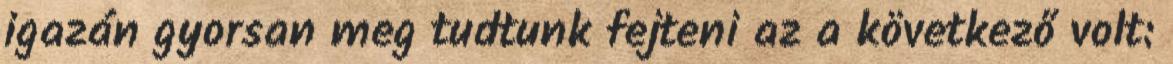
igazán gyorsan meg tudtunk fejteni az a következő volt: